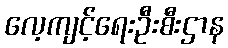
လေ့ကျင့်ရေးဦးစီးဌာန